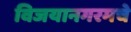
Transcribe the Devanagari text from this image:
विजयानगरमचे